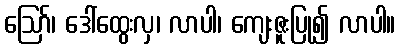
ဪ၊ ဒေါ်ထွေးလှ၊ လာပါ၊ ကျေးဇူးပြု၍ လာပါ။